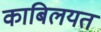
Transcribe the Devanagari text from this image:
काबिलयत